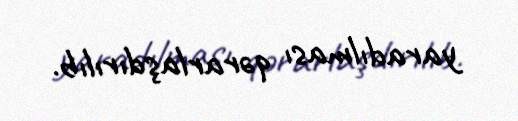
yaradılması qərarlaşdırılıb.